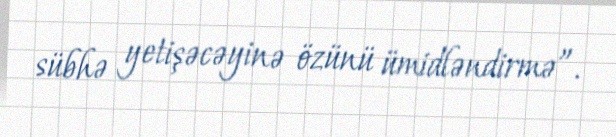
sübhə yetişəcəyinə özünü ümidləndirmə”.